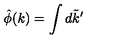
\hat { \phi } ( k ) = \int d \tilde { k } ^ { \prime }